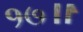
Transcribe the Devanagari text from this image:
१७॥